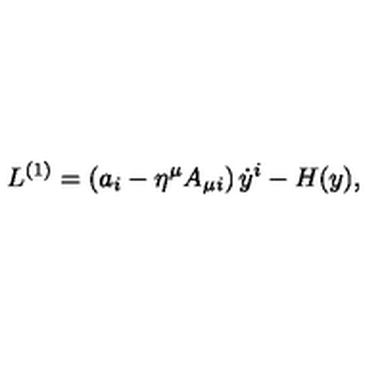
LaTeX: L ^ { ( 1 ) } = \left( a _ { i } - \eta ^ { \mu } A _ { \mu i } \right) { \dot { y } } ^ { i } - H ( y ) ,